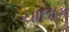
ચાલાક